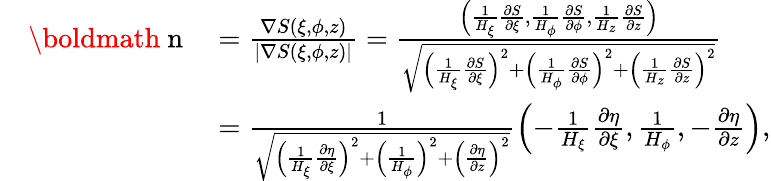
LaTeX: \begin{array}{rl}&{\begin{array}{rl}{{\mathrm{\boldmath~n~}}}&{=\frac{\nabla S\left(\xi,\phi,z\right)}{\left|\nabla S\left(\xi,\phi,z\right)\right|}=\frac{\left(\frac{1}{H_{\xi}}\frac{\partial S}{\partial\xi},\frac{1}{H_{\phi}}\frac{\partial S}{\partial\phi},\frac{1}{H_{z}}\frac{\partial S}{\partial z}\right)}{\sqrt{\left(\frac{1}{H_{\xi}}\frac{\partial S}{\partial\xi}\right)^{2}+\left(\frac{1}{H_{\phi}}\frac{\partial S}{\partial\phi}\right)^{2}+\left(\frac{1}{H_{z}}\frac{\partial S}{\partial z}\right)^{2}}}}\\ &{=\frac{1}{\sqrt{\left(\frac{1}{H_{\xi}}\frac{\partial\eta}{\partial\xi}\right)^{2}+\left(\frac{1}{H_{\phi}}\right)^{2}+\left(\frac{\partial\eta}{\partial z}\right)^{2}}}\left(-\frac{1}{H_{\xi}}\frac{\partial\eta}{\partial\xi},\frac{1}{H_{\phi}},-\frac{\partial\eta}{\partial z}\right),}\end{array}}\end{array}